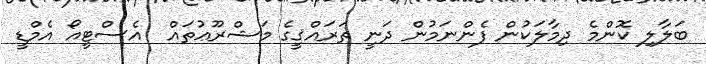
ބަލާލި ކޮންމެ ދިމާލަކުން ފެންނަމުން ދަނީ ތަރައްޤީގެ މަޝްރޫޢުތައް  އެސްޓީއޯ އެމްޑީ